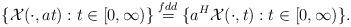
LaTeX: \begin{align*}\{\mathcal X(\cdot,at):t\in[0,\infty)\}\overset{fdd}=\{a^H\mathcal X(\cdot,t):t\in[0,\infty)\}.\end{align*}